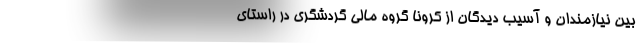
بین نیازمندان و آسیب دیدگان از کرونا گروه مالی گردشگری در راستای